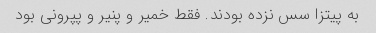
به پیتزا سس نزده بودند. فقط خمیر و پنیر و پپرونی بود